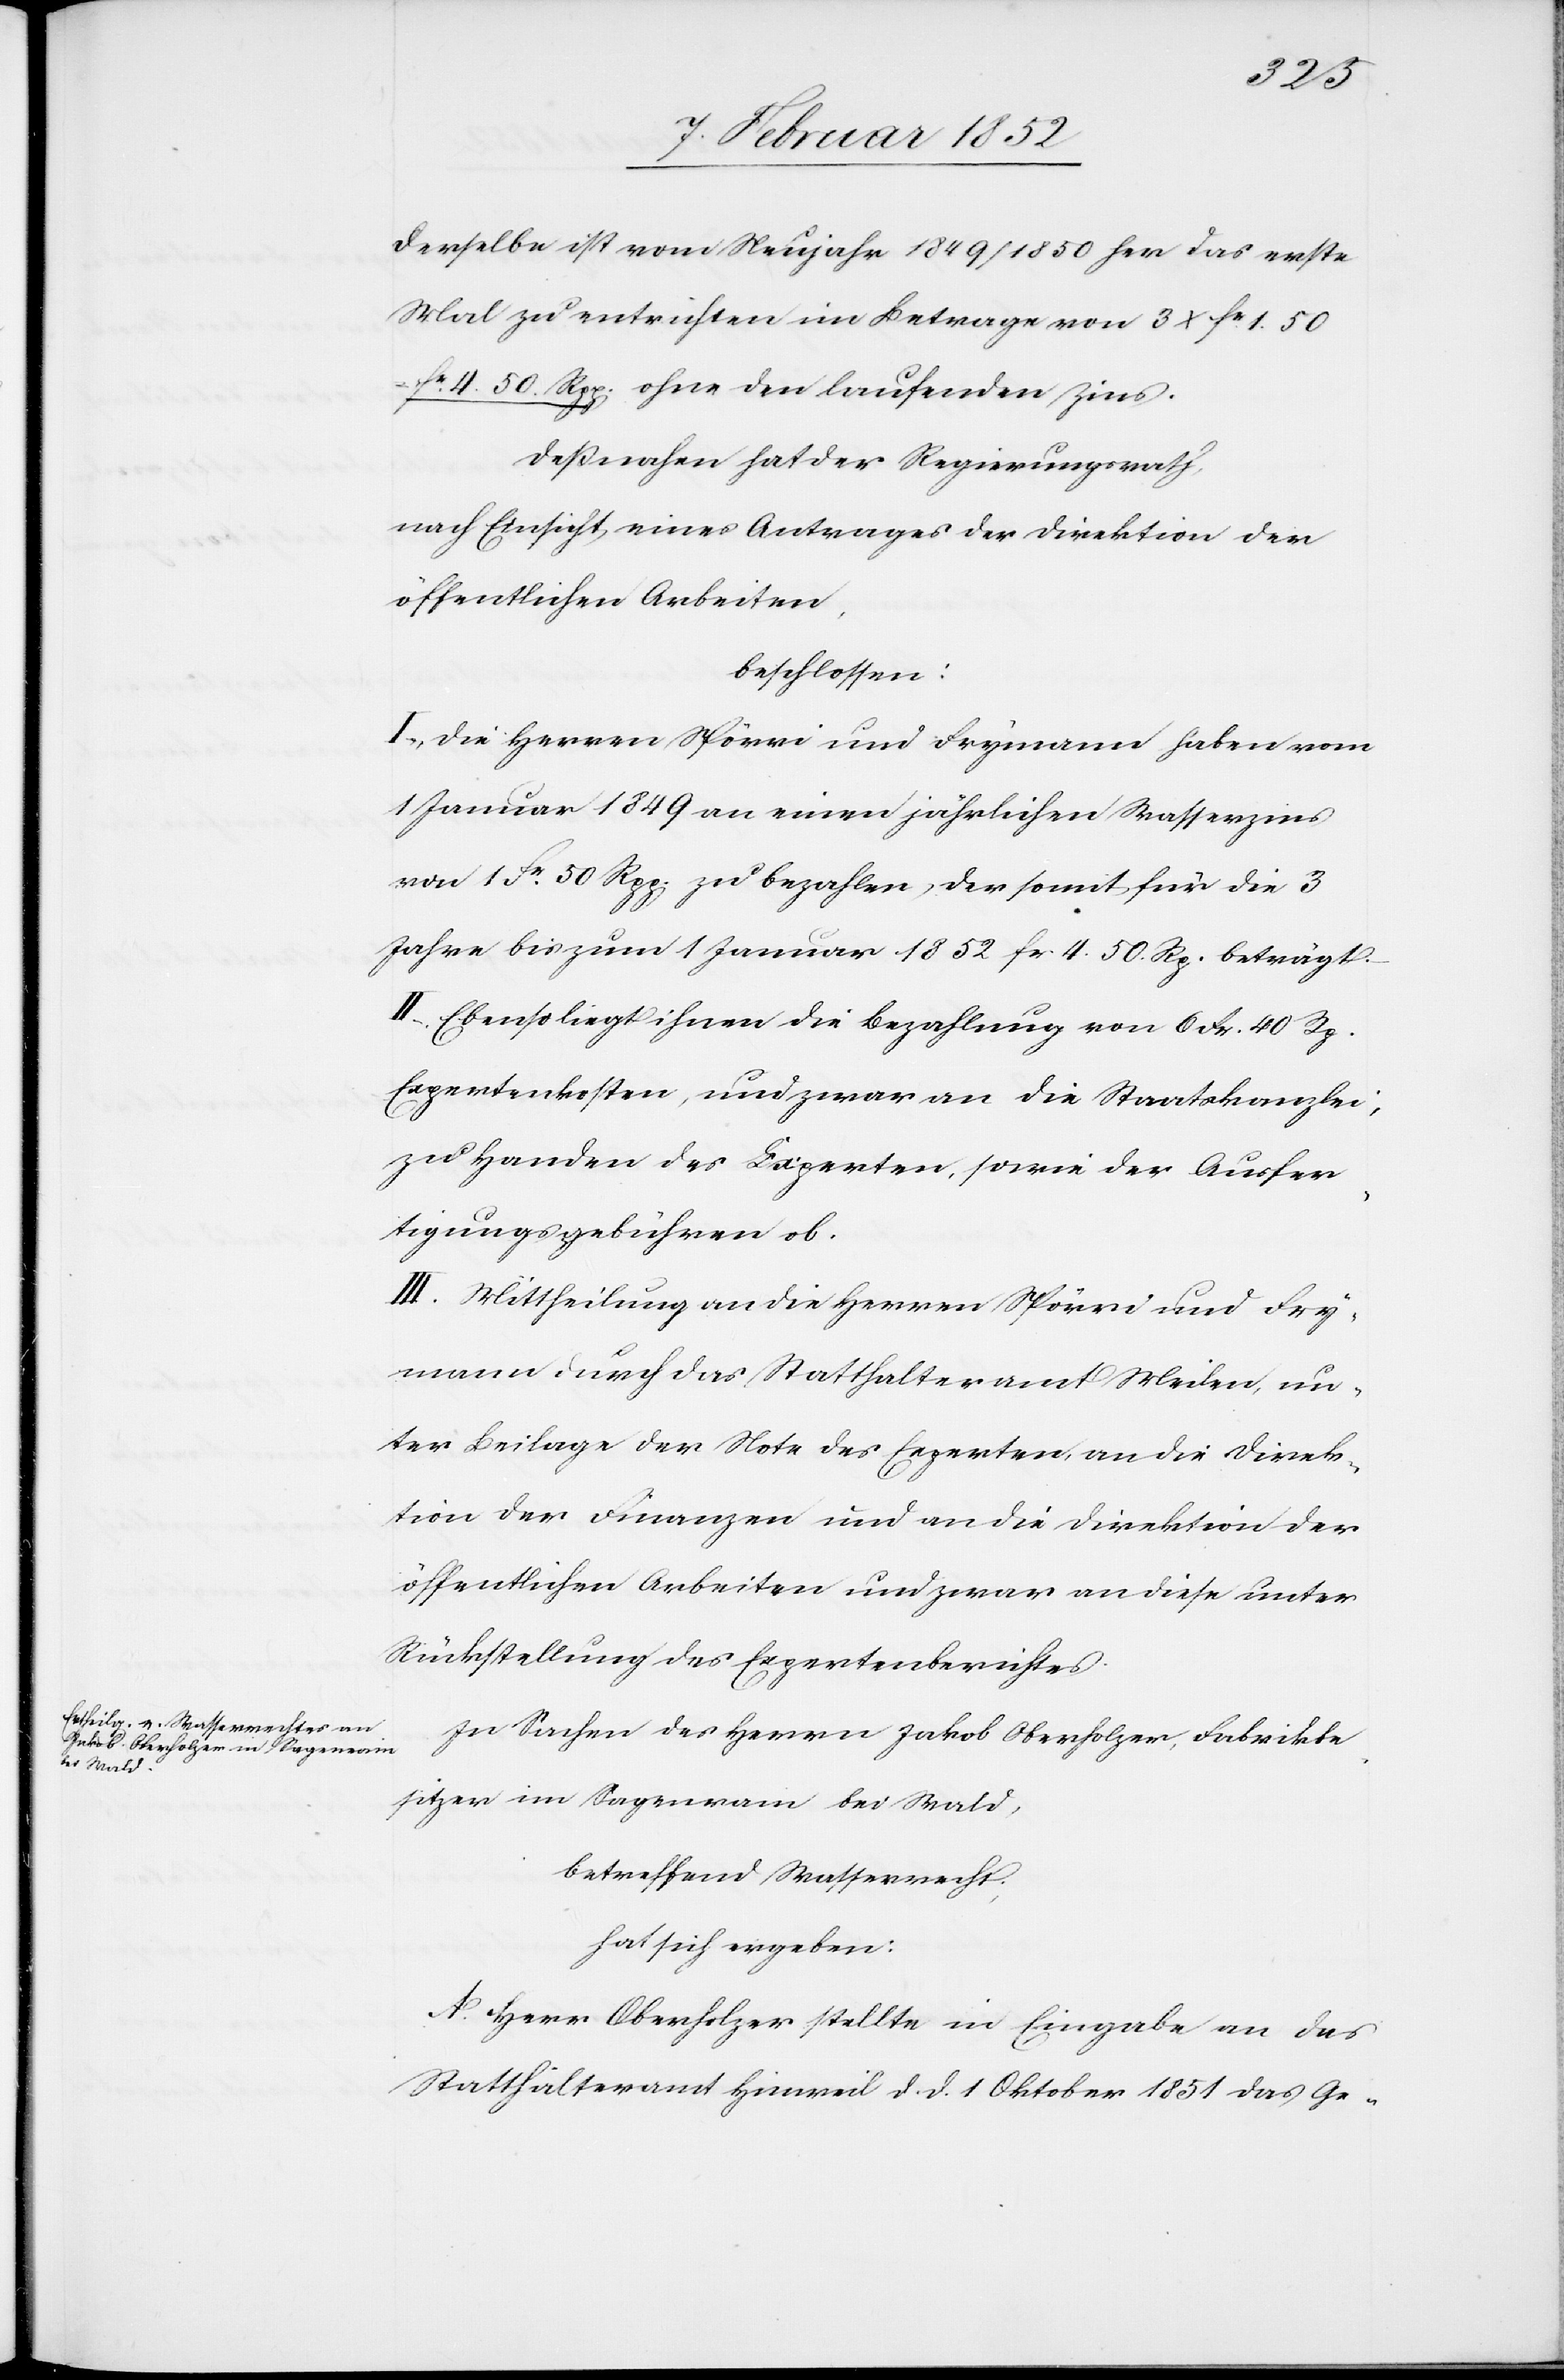
Derselbe ist vom Neujahr 1849/1850 her das erste
Mal zu entrichten im Betrage von 3 x fr. 1. 50
fr. 4. 50. Rpp. ohne den laufenden Zins.
Deßnahen hat der Regierungsrath,
nach Einsicht eines Antrages der Direktion der
öffentlichen Arbeiten,
beschlossen:
I. Die Herren Spörri und Frymann haben vom
1 Januar 1849 an einen jährlichen Wasserzins
von 1 Fr 50 Rpp. zu bezahlen, der somit für die 3
Jahre bis zum 1 Januar 1852 fr 4. 50 Rp. beträgt.
II. Ebenso liegt ihnen die Bezahlung von 6 Fr. 40 Rp.
Expertenkosten, und zwar an die Staatskanzlei,
zu Handen des Experten, sowie der Ausfer¬
tigungsgebühren ob.
III. Mittheilung an die Herren Spörri und Fry¬
mann durch das Statthalteramt Meilen, un¬
ter Beilage der Note des Experten an die Direk¬
tion der Finanzen und an die Direktion der
öffentlichen Arbeiten und zwar an diese unter
Rückstellung des Expertenberichtes.
In Sachen des Herrn Jakob Oberholzer, Fabrikbe¬
sitzer im Sagenrain bei Wald,
betreffend Wasserrecht;
hat sich ergeben:
A. Herr Oberholzer stellte in Eingabe an das
Statthalteramt Hinweil d. d. 1 Oktober 1851 das Ge-